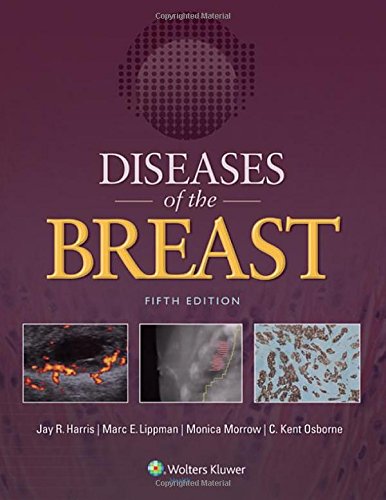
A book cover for Diseases of the Breast 5e; Jay R. Harris MD; Health, Fitness & Dieting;